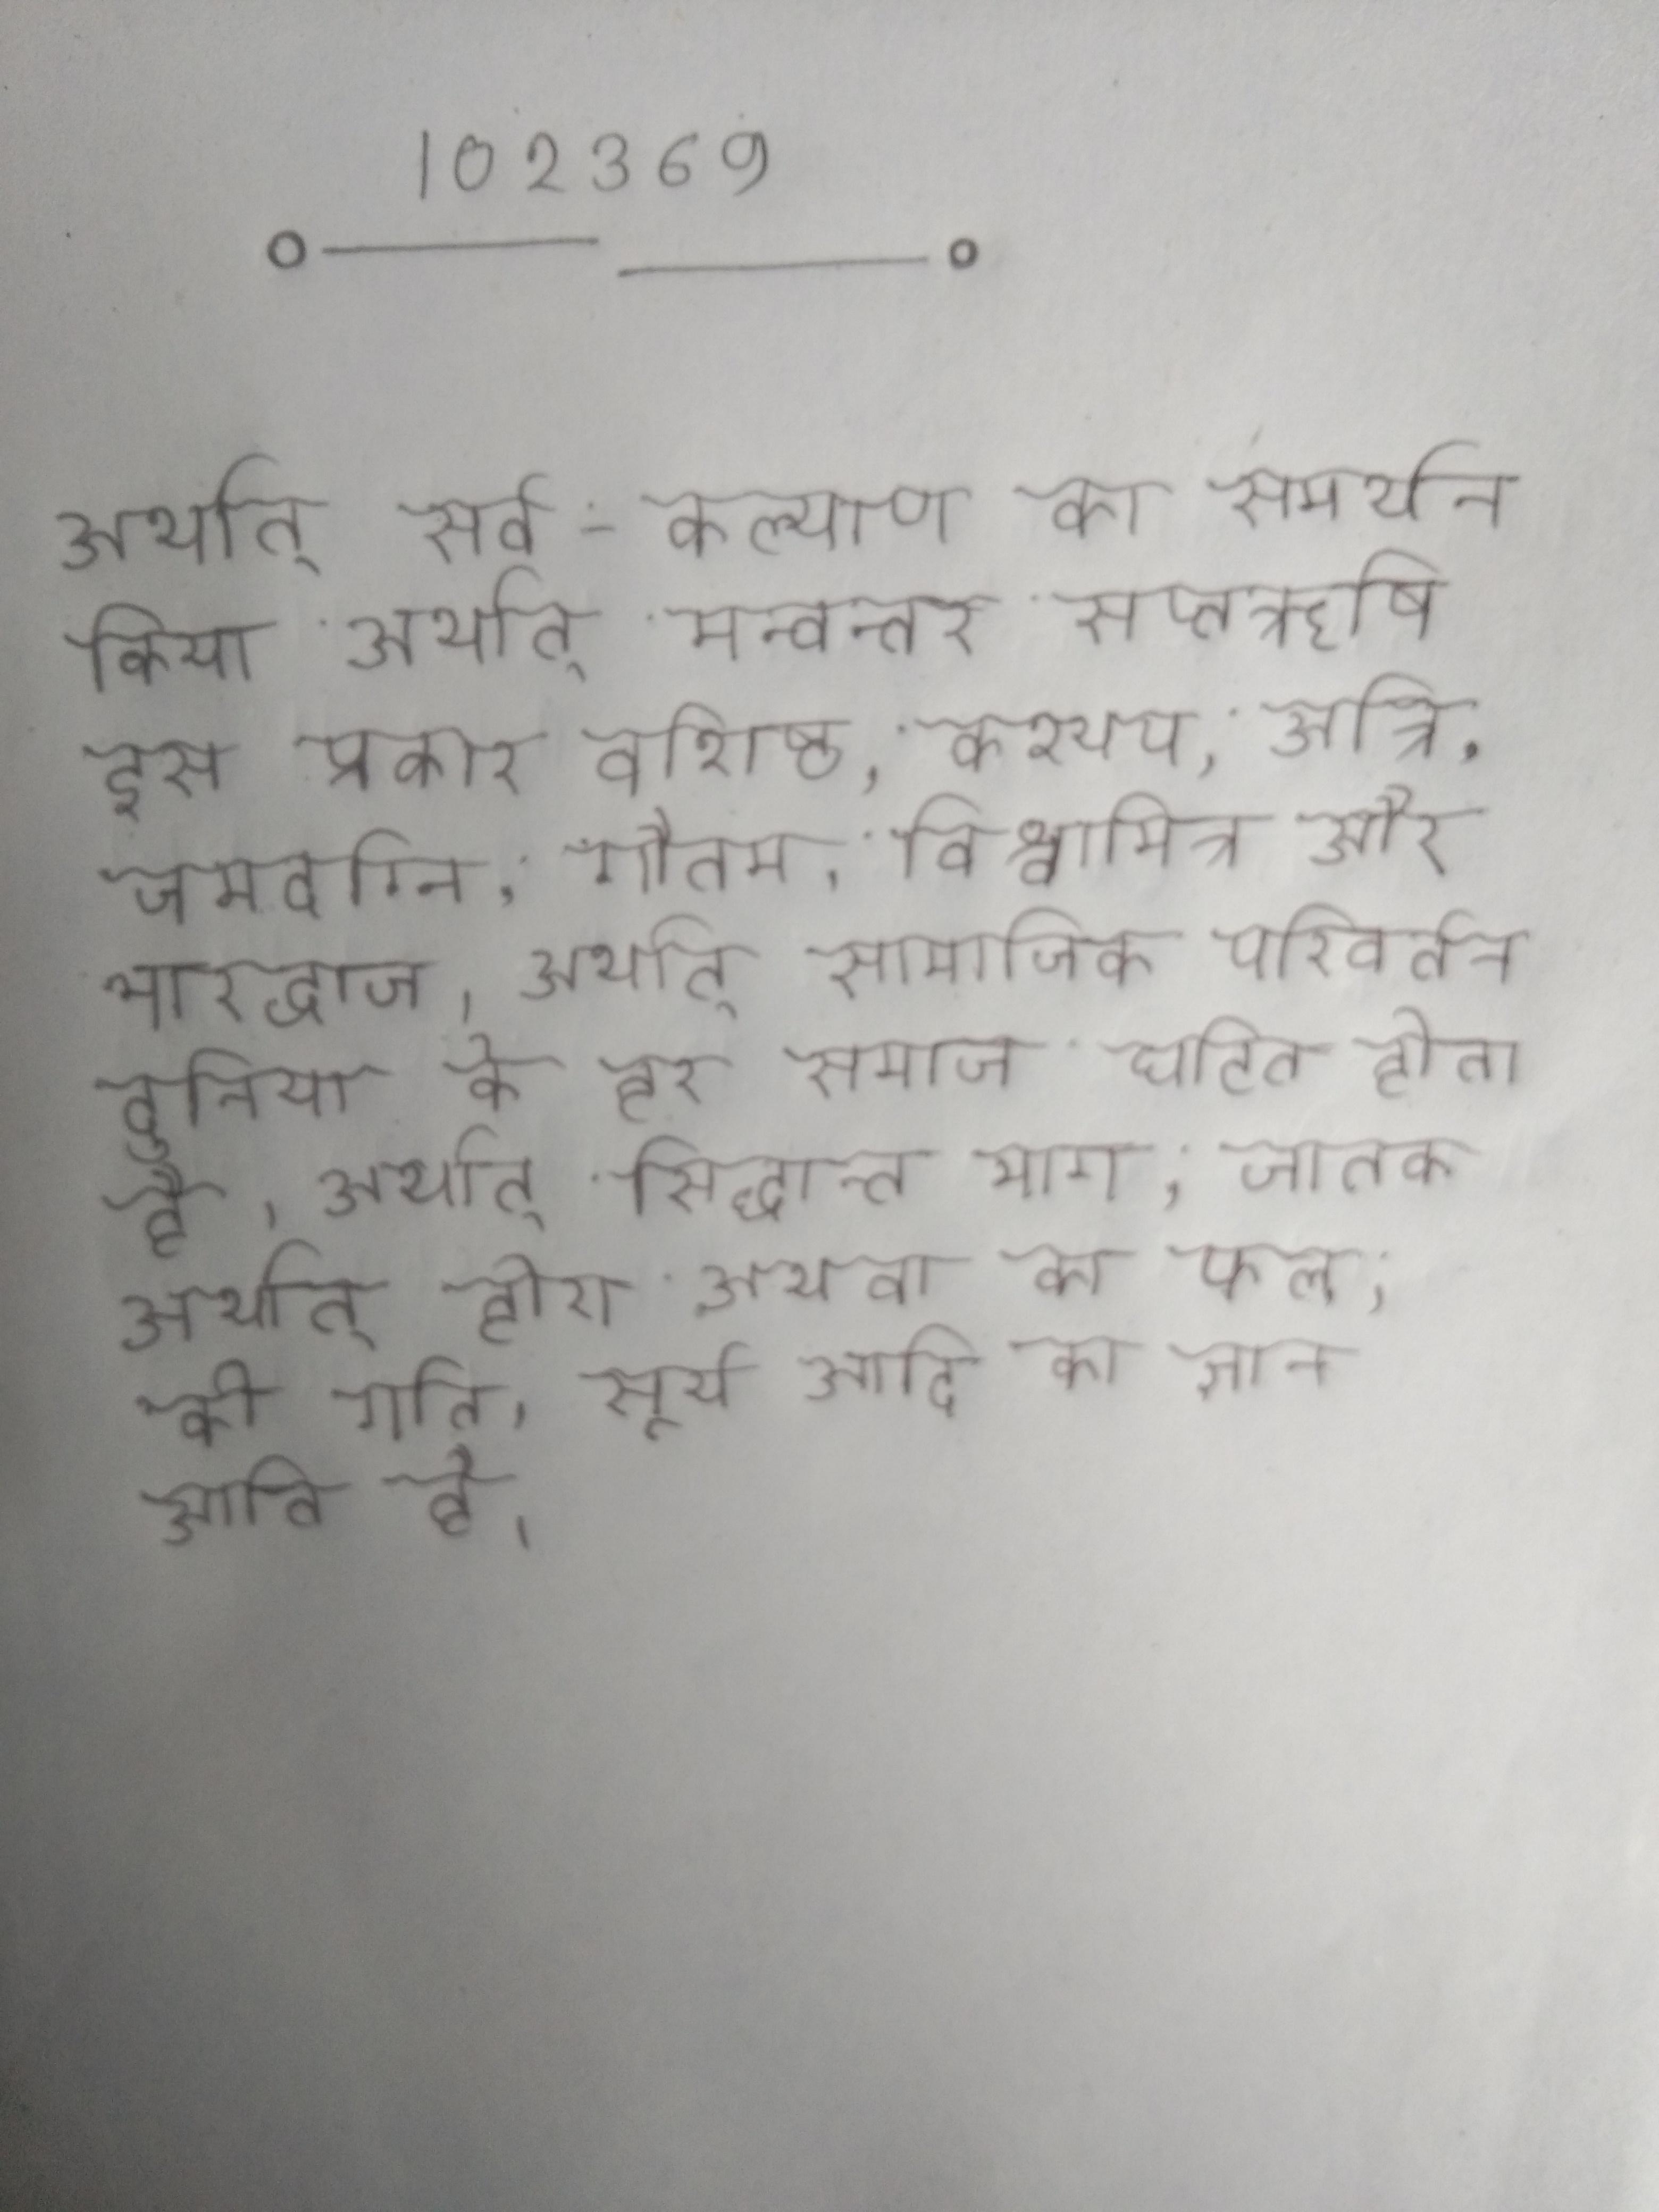
अर्थात् सर्व-कल्याण का समर्थन किया । अर्थात् मन्वन्तर सप्तऋषि इस प्रकार वशिष्ठ, कश्यप, अत्रि, जमदग्नि, गौतम, विश्वामित्र और भारद्वाज । अर्थात् सामाजिक परिवर्तन दुनिया के हर समाज घटित होता है । अर्थात् सिद्धान्त भाग, जातक अर्थात् होरा अथवा का फल, की गति, सूर्य आदि का ज्ञान आता है ।